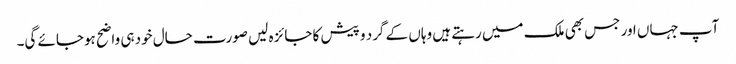
آپ جہاں اور جس بھی ملک میں رہتے ہیں وہاں کے گرد و پیش کا جائزہ لیں صورت حال خود ہی واضح ہوجائے گی۔